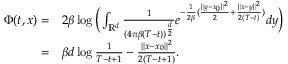
\begin{array} { r l } { \Phi ( t , x ) = } & { 2 \beta \log \Big ( \int _ { \mathbb { R } ^ { d } } \frac { 1 } { ( 4 \pi \beta ( T - t ) ) ^ { \frac { d } { 2 } } } e ^ { - \frac { 1 } { 2 \beta } ( \frac { \| y - x _ { 0 } \| ^ { 2 } } { 2 } + \frac { \| x - y \| ^ { 2 } } { 2 ( T - t ) } ) } d y \Big ) } \\ { = } & { \beta d \log \frac { 1 } { T - t + 1 } - \frac { \| x - x _ { 0 } \| ^ { 2 } } { 2 ( T - t + 1 ) } . } \end{array}